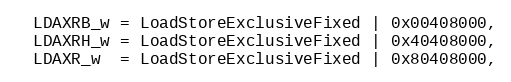
Language: C
  LDAXRB_w = LoadStoreExclusiveFixed | 0x00408000,
  LDAXRH_w = LoadStoreExclusiveFixed | 0x40408000,
  LDAXR_w  = LoadStoreExclusiveFixed | 0x80408000,